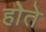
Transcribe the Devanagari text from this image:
होेते